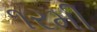
૧રમી